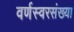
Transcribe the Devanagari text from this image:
वर्णस्वरसंख्या